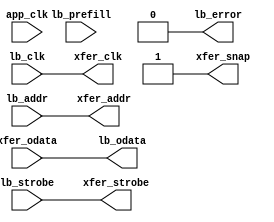
`timescale 1ns / 1ns

// Experiment to fix CDC in lcls2_llrf application_top.v
// Preload a 16x32 dpram with the output of a mux running in the app_clk domain
// Do that in response to a lb_prefill request, that has to be provided
// some 300 ns before the actual lb_clk read cycles.
// In our network-gatewayed localbus context, that would come at
// the beginning of a packet.  Test versions of both badger/mem_gateway
// and bmb7_kintex/jxj_gate have such an output.

module jit_rad_gateway #(
	parameter passthrough = 1
) (
	// basic localbus hookup
	input lb_clk,
	input [3:0] lb_addr,
	input lb_strobe,
	output [31:0] lb_odata,
	// control
	input lb_prefill,
	output lb_error,
	input app_clk,
	// to application mux
	output xfer_clk,
	output xfer_snap,
	output xfer_strobe,
	output [3:0] xfer_addr,
	input [31:0] xfer_odata
);

generate if (passthrough) begin : thru
	// Zero-footprint option, that doesn't solve CDC problems
	assign xfer_clk = lb_clk;
	assign xfer_strobe = lb_strobe;
	assign xfer_addr = lb_addr;
	assign lb_odata = xfer_odata;
	assign lb_error = 0;
	assign xfer_snap = 1;  // doesn't really work
end else begin : buffer
	// Actually separate lb_clk domain from xfer_clk domain
	// Takes a bit more than 17 xfer_clk cycles to fill the
	// dpram with a snapshot of the mux results, after which
	// the lb_clk read process can just grab data from the dpram.
	assign xfer_clk = app_clk;
	wire app_prefill;
	flag_xdomain trig(
		.clk1(lb_clk), .flagin_clk1(lb_prefill),
		.clk2(app_clk), .flagout_clk2(app_prefill));
	assign xfer_snap = app_prefill;
	//
	reg buff_we=0;
	reg [3:0] addr1=0, addr2=0;
	wire app_running = |addr1;
	reg app_running_r=0;
	assign xfer_strobe = app_prefill | app_running;
	always @(posedge app_clk) begin
		if (app_prefill | app_running) addr1 <= addr1 + 1;
		buff_we <= xfer_strobe;
		addr2 <= addr1;
		app_running_r <= app_running;
	end
	assign xfer_addr = addr1;
	dpram #(.aw(4), .dw(32)) buff(
		.clka(app_clk), .addra(addr2), .wena(buff_we), .dina(xfer_odata),
		.clkb(lb_clk), .addrb(lb_addr), .doutb(lb_odata));
	//
	reg lb_pending=0, lb_running=0;
	always @(posedge lb_clk) lb_running <= app_running_r;  // CDC
	always @(posedge lb_clk) begin
		if (lb_prefill) lb_pending <= 1;
		if (lb_running) lb_pending <= 0;
	end
	assign lb_error = (lb_prefill | lb_strobe) & (lb_pending | lb_running);
end endgenerate

endmodule